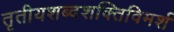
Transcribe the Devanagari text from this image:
तृतीयशब्दशक्तिविमर्श